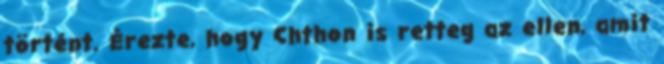
történt. Érezte, hogy Chthon is retteg az ellen, amit